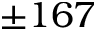
\pm 1 6 7